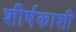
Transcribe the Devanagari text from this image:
शीर्षकाशी